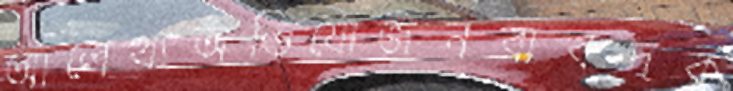
আলেখ্যঅভিযোজনবাবদক